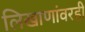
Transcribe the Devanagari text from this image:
लिखाणांवरही